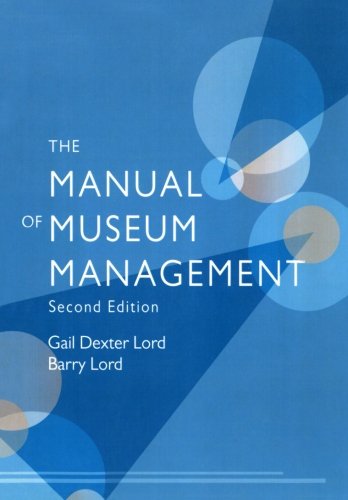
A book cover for The Manual of Museum Management; Gail Dexter Lord; Business & Money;